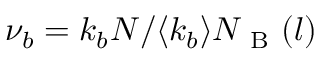
\nu _ { b } = k _ { b } N / \langle k _ { b } \rangle N _ { \mathrm { ~ B ~ } } ( l )